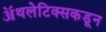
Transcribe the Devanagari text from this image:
ॲथलेटिक्सकडून